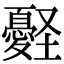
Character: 𢥀